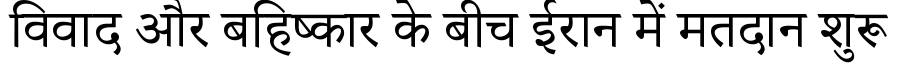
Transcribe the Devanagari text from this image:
विवाद और बहिष्कार के बीच ईरान में मतदान शुरू